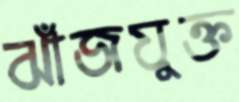
ঝাঁজযুক্ত